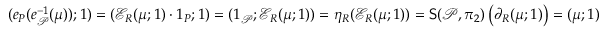
\begin{array} { r } { ( e _ { P } ( e _ { \mathcal P } ^ { - 1 } ( \mu ) ) ; 1 ) = ( \mathcal { E } _ { R } ( \mu ; 1 ) \cdot 1 _ { P } ; 1 ) = ( 1 _ { \mathcal P } ; \mathcal { E } _ { R } ( \mu ; 1 ) ) = \eta _ { R } ( \mathcal { E } _ { R } ( \mu ; 1 ) ) = \mathsf { S } ( \mathcal P , \pi _ { 2 } ) \left( \partial _ { R } ( \mu ; 1 ) \right) = ( \mu ; 1 ) } \end{array}